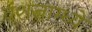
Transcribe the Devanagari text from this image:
वंशजाम्ध्ये